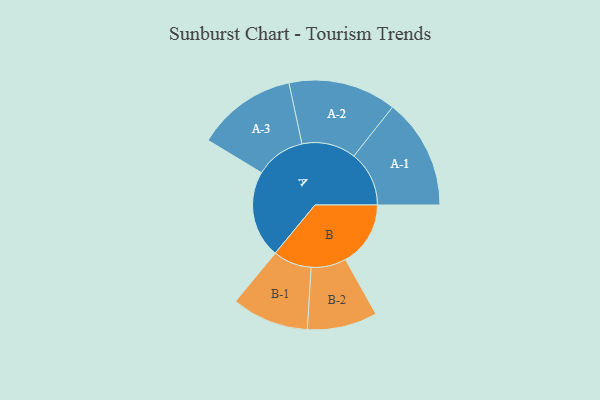
{"axis": {"x": "Segment", "y": "Value"}, "legend": ["", "A", "B"], "data": [{"x": "A", "y": 419, "type": ""}, {"x": "B", "y": 312, "type": ""}, {"x": "A-1", "y": 265, "type": "A"}, {"x": "A-2", "y": 259, "type": "A"}, {"x": "A-3", "y": 240, "type": "A"}, {"x": "B-1", "y": 185, "type": "B"}, {"x": "B-2", "y": 168, "type": "B"}]}